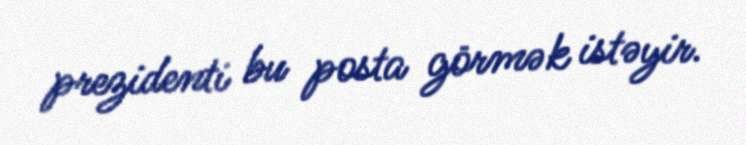
prezidenti bu posta görmək istəyir.